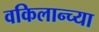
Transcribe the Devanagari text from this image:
वकिलान्च्या